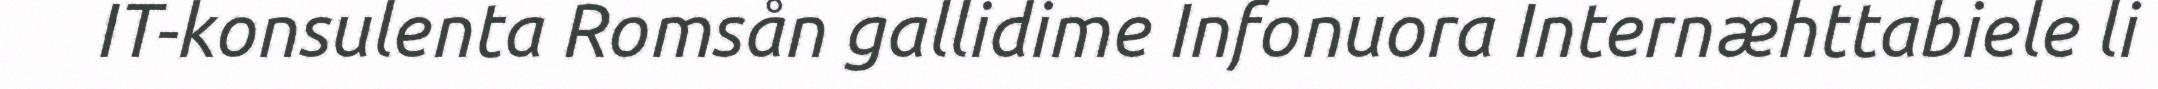
IT-konsulenta Romsån gallidime Infonuora Internæhttabiele li